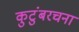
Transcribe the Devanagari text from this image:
कुटुंबरचना